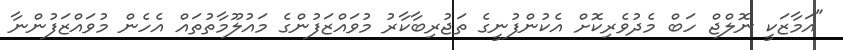
"އަމާޒަކީ ނޮލްޖް ހަބް މެދުވެރިކޮށް އެކުންފުނީގެ ތަޖުރިބާކާރު މުވައްޒަފުންގެ މައުލޫމާތުތައް އެހެން މުވައްޒަފުންނާ